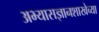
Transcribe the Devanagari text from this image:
अभ्यासज्ञानशाखेच्या